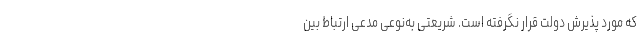
که مورد پذیرش دولت قرار نگرفته است. شریعتی به‌نوعی مدعی ارتباط بین